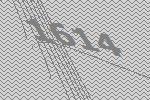
1614